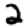
Digit: 2